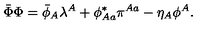
\bar { \Phi } \Phi = \bar { \phi } _ { A } \lambda ^ { A } + \phi _ { A a } ^ { * } \pi ^ { A a } - \eta _ { A } \phi ^ { A } .